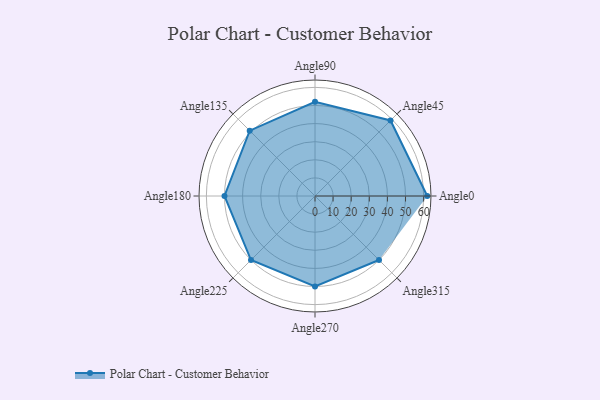
{"axis": {"x": "Angle", "y": "Radius"}, "legend": [""], "data": [{"x": "Angle0", "y": 62.0, "type": ""}, {"x": "Angle45", "y": 59.0, "type": ""}, {"x": "Angle90", "y": 52.0, "type": ""}, {"x": "Angle135", "y": 51.0, "type": ""}, {"x": "Angle180", "y": 50, "type": ""}, {"x": "Angle225", "y": 50, "type": ""}, {"x": "Angle270", "y": 50, "type": ""}, {"x": "Angle315", "y": 50, "type": ""}]}